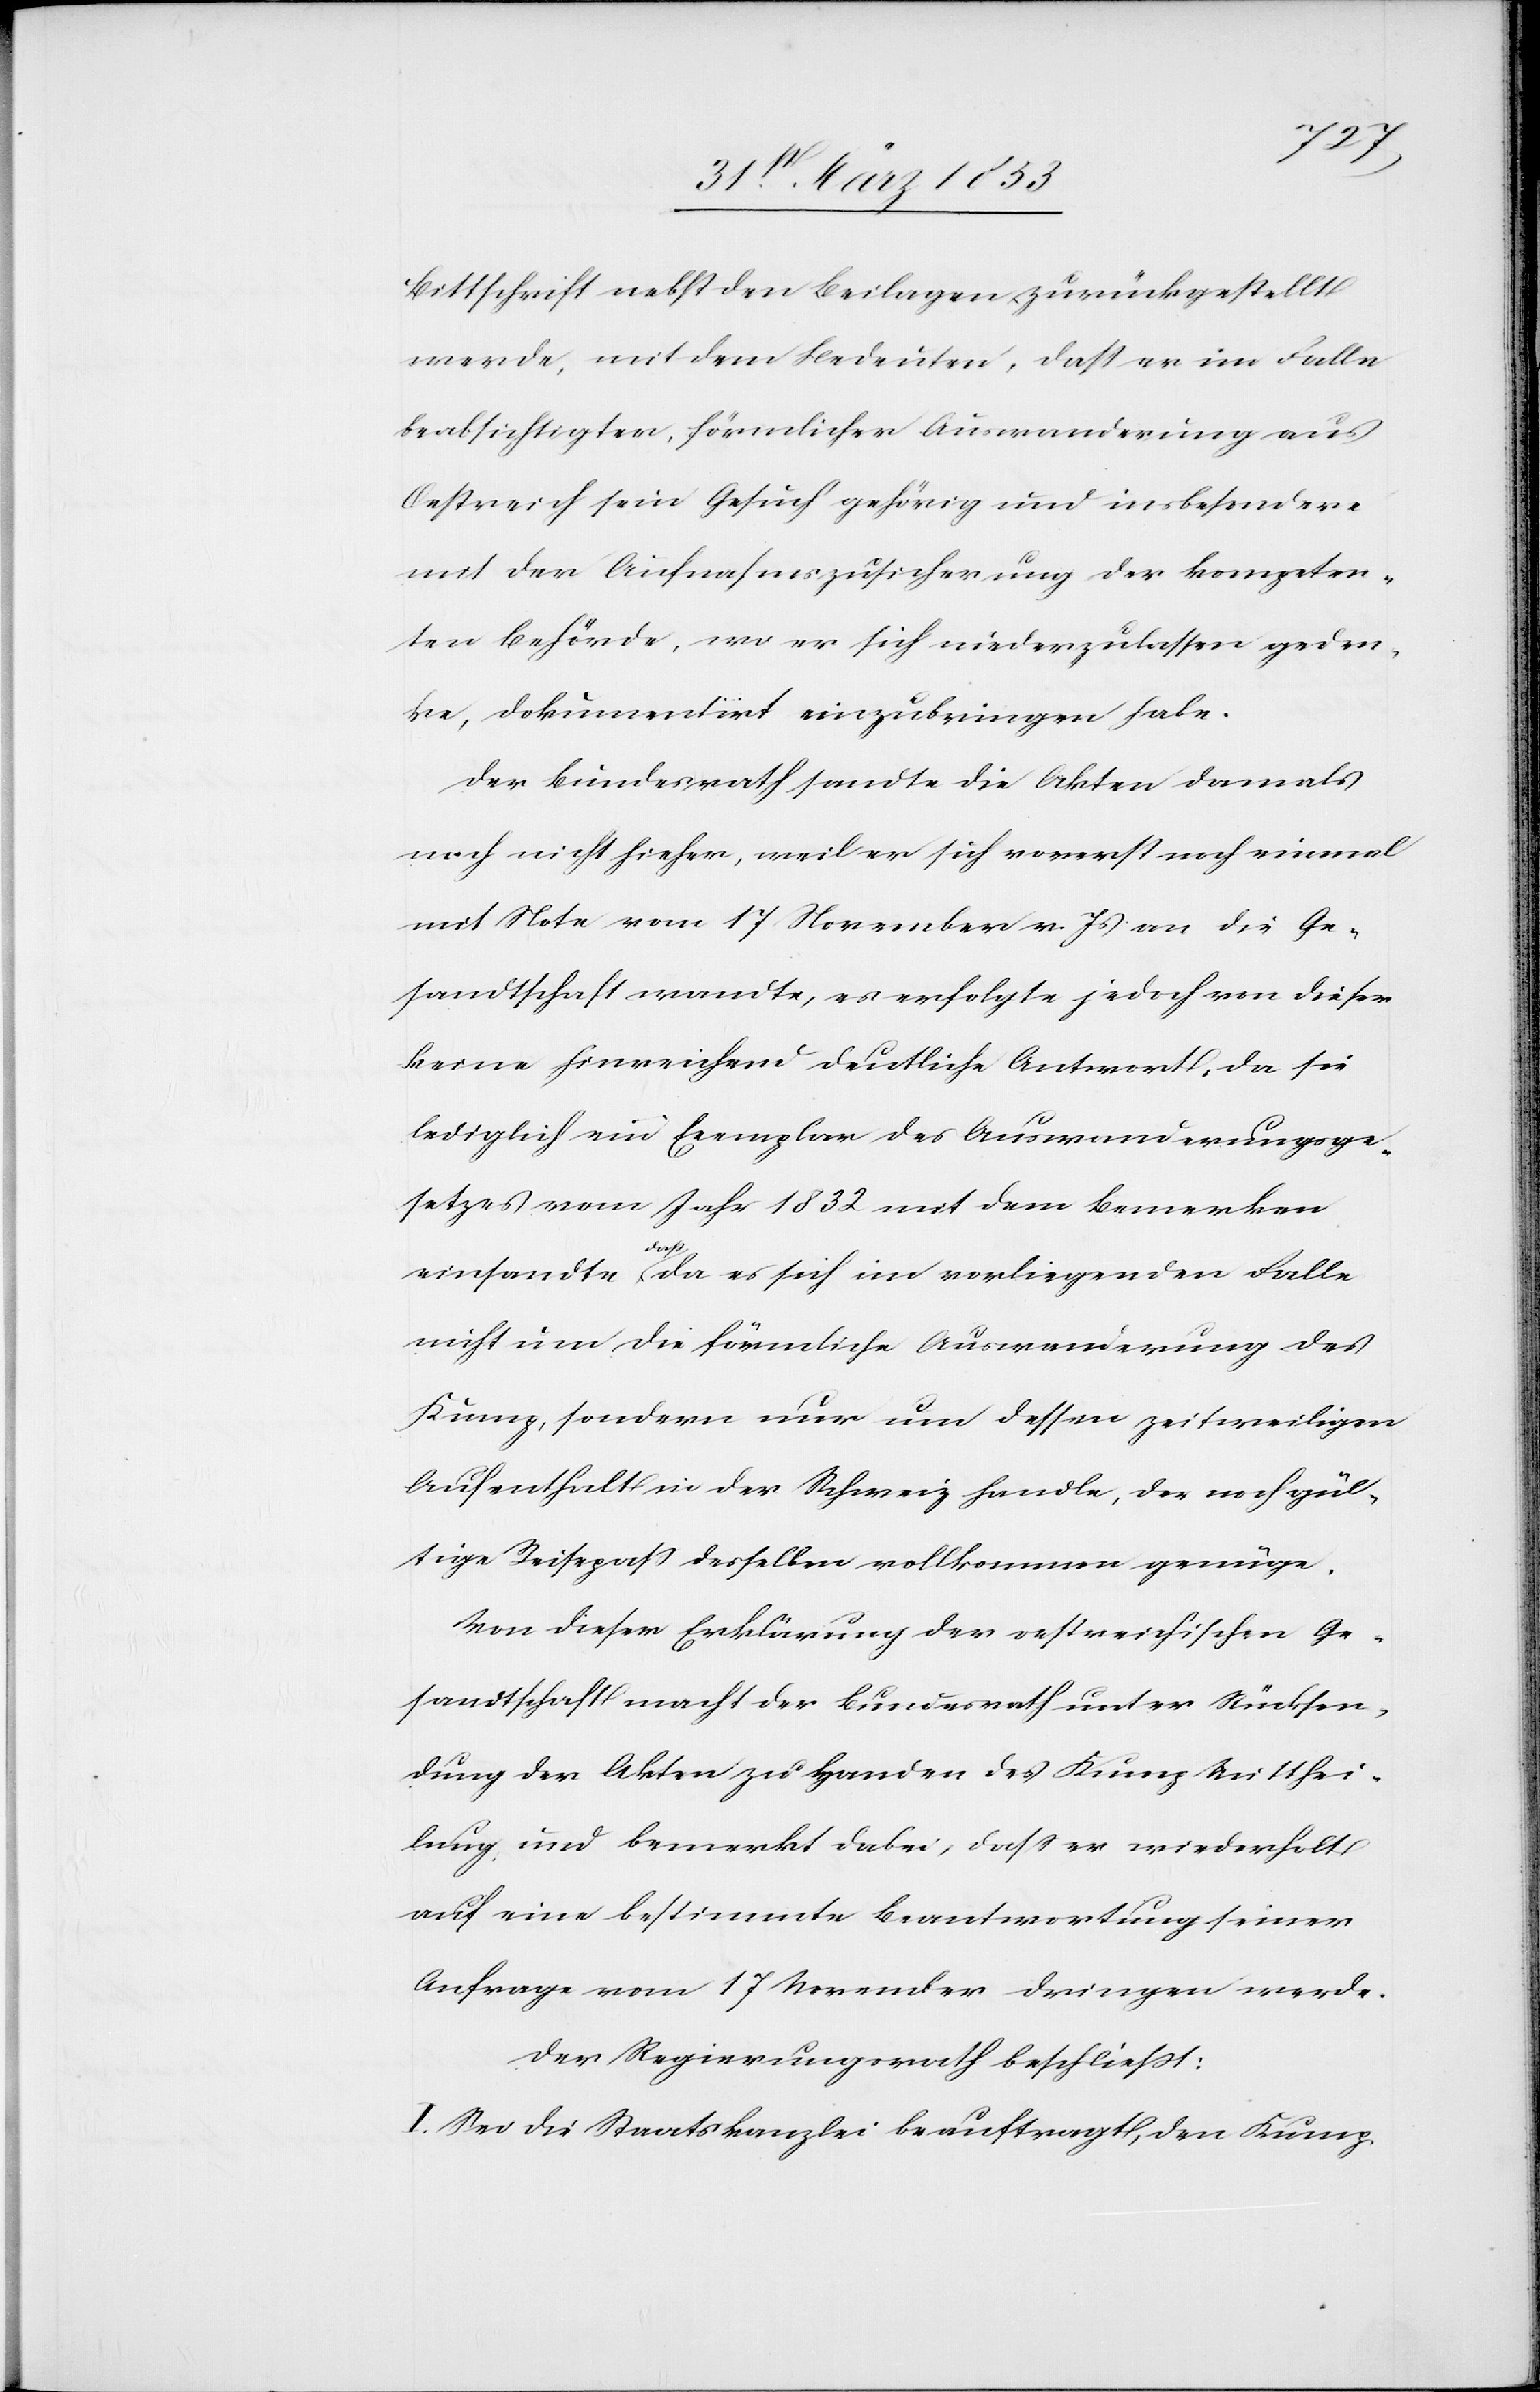
Bittschrift nebst den Beilagen zurückgestellt
werde, mit dem Bedeuten, daß er im Falle
beabsichtigter, förmlicher Auswanderung aus
Oestreich sein Gesuch gehörig und insbesondere
mit der Aufnahmszusicherung der kompeten¬
ten Behörde, wo er sich niederzulassen geden¬
ke, dokumentirt einzubringen habe.
Der Bundesrath sandte die Akten damals
noch nicht hieher, weil er sich vorerst noch einmal
mit Note vom 17 November v. Js. an die Ge¬
sandtschaft wandte, es erfolgte jedoch von dieser
keine hinreichend deutliche Antwort, da sie
lediglich ein Exemplar des Auswanderungsge¬
setzes vom Jahre 1832 mit dem Bemerken
einsandte, daß da es sich im vorliegenden Falle
nicht um die förmliche Auswanderung des
Kunz, sondern um dessen zeitweiligen
Aufenthalt in der Schweiz handle, der noch gül¬
tige Reisepaß desselben vollkommen genüge.
Von dieser Erklärung der oestereichischen Ge¬
sandtschaft macht der Bundesrath unter Rücksen¬
dung der Akten zu Handen des Kunz Mitthei¬
lung und bemerkt dabei, daß es wiederholt
auf eine bestimmte Beantwortung seiner
Anfrage vom 17 Dezember dringen werde.
Der Regierungsrath beschließt:
I. Sei die Staatskanzlei beauftragt, den Kunz